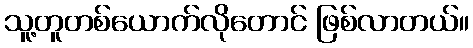
သူ့တူတစ်ယောက်လိုတောင် ဖြစ်လာတယ်။